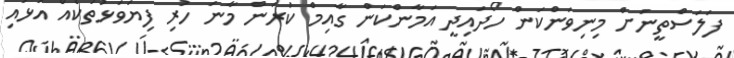
ފަލަސްތީނަށް މިނިވަންކަން ހޯދައިދީ އަމާންކަން ގާއިމް ކުރަން މާނަ ހުރި ފިޔަވަޅުތަކެއް އަޅައި